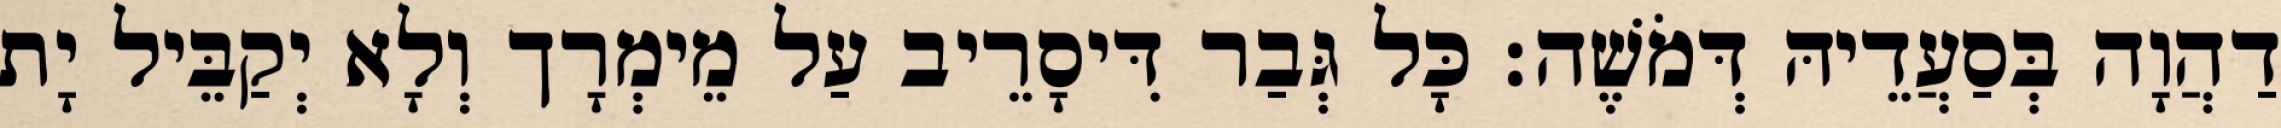
דַהֲוָה בְּסַעֲדֵיהּ דְּמֹשֶׁה׃ כָּל גְּבַר דִּיסָרֵיב עַל מֵימְרָך וְלָא יְקַבֵּיל יָת